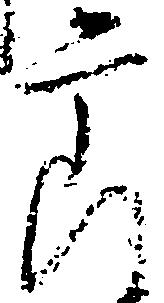
節